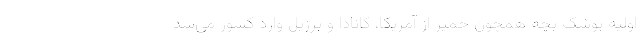
اولیه پوشک بچه همچون خمیر از آمریکا، کانادا و برزیل وارد کشور می‌شد